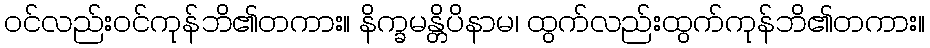
ဝင်လည်းဝင်ကုန်ဘိ၏တကား။ နိက္ခမန္တိပိနာမ၊ ထွက်လည်းထွက်ကုန်ဘိ၏တကား။